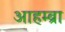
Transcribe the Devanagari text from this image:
आहम्ब्रा